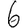
Digit: 6